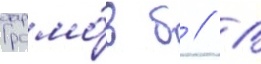
Громо́в б // В